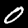
Label: 0